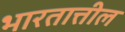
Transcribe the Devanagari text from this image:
भारतात्तील